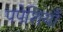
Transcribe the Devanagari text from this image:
पपेशियाँ